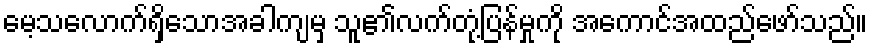
မေ့သလောက်ရှိသောအခါကျမှ သူ၏လက်တုံ့ပြန်မှုကို အကောင်အထည်ဖော်သည်။